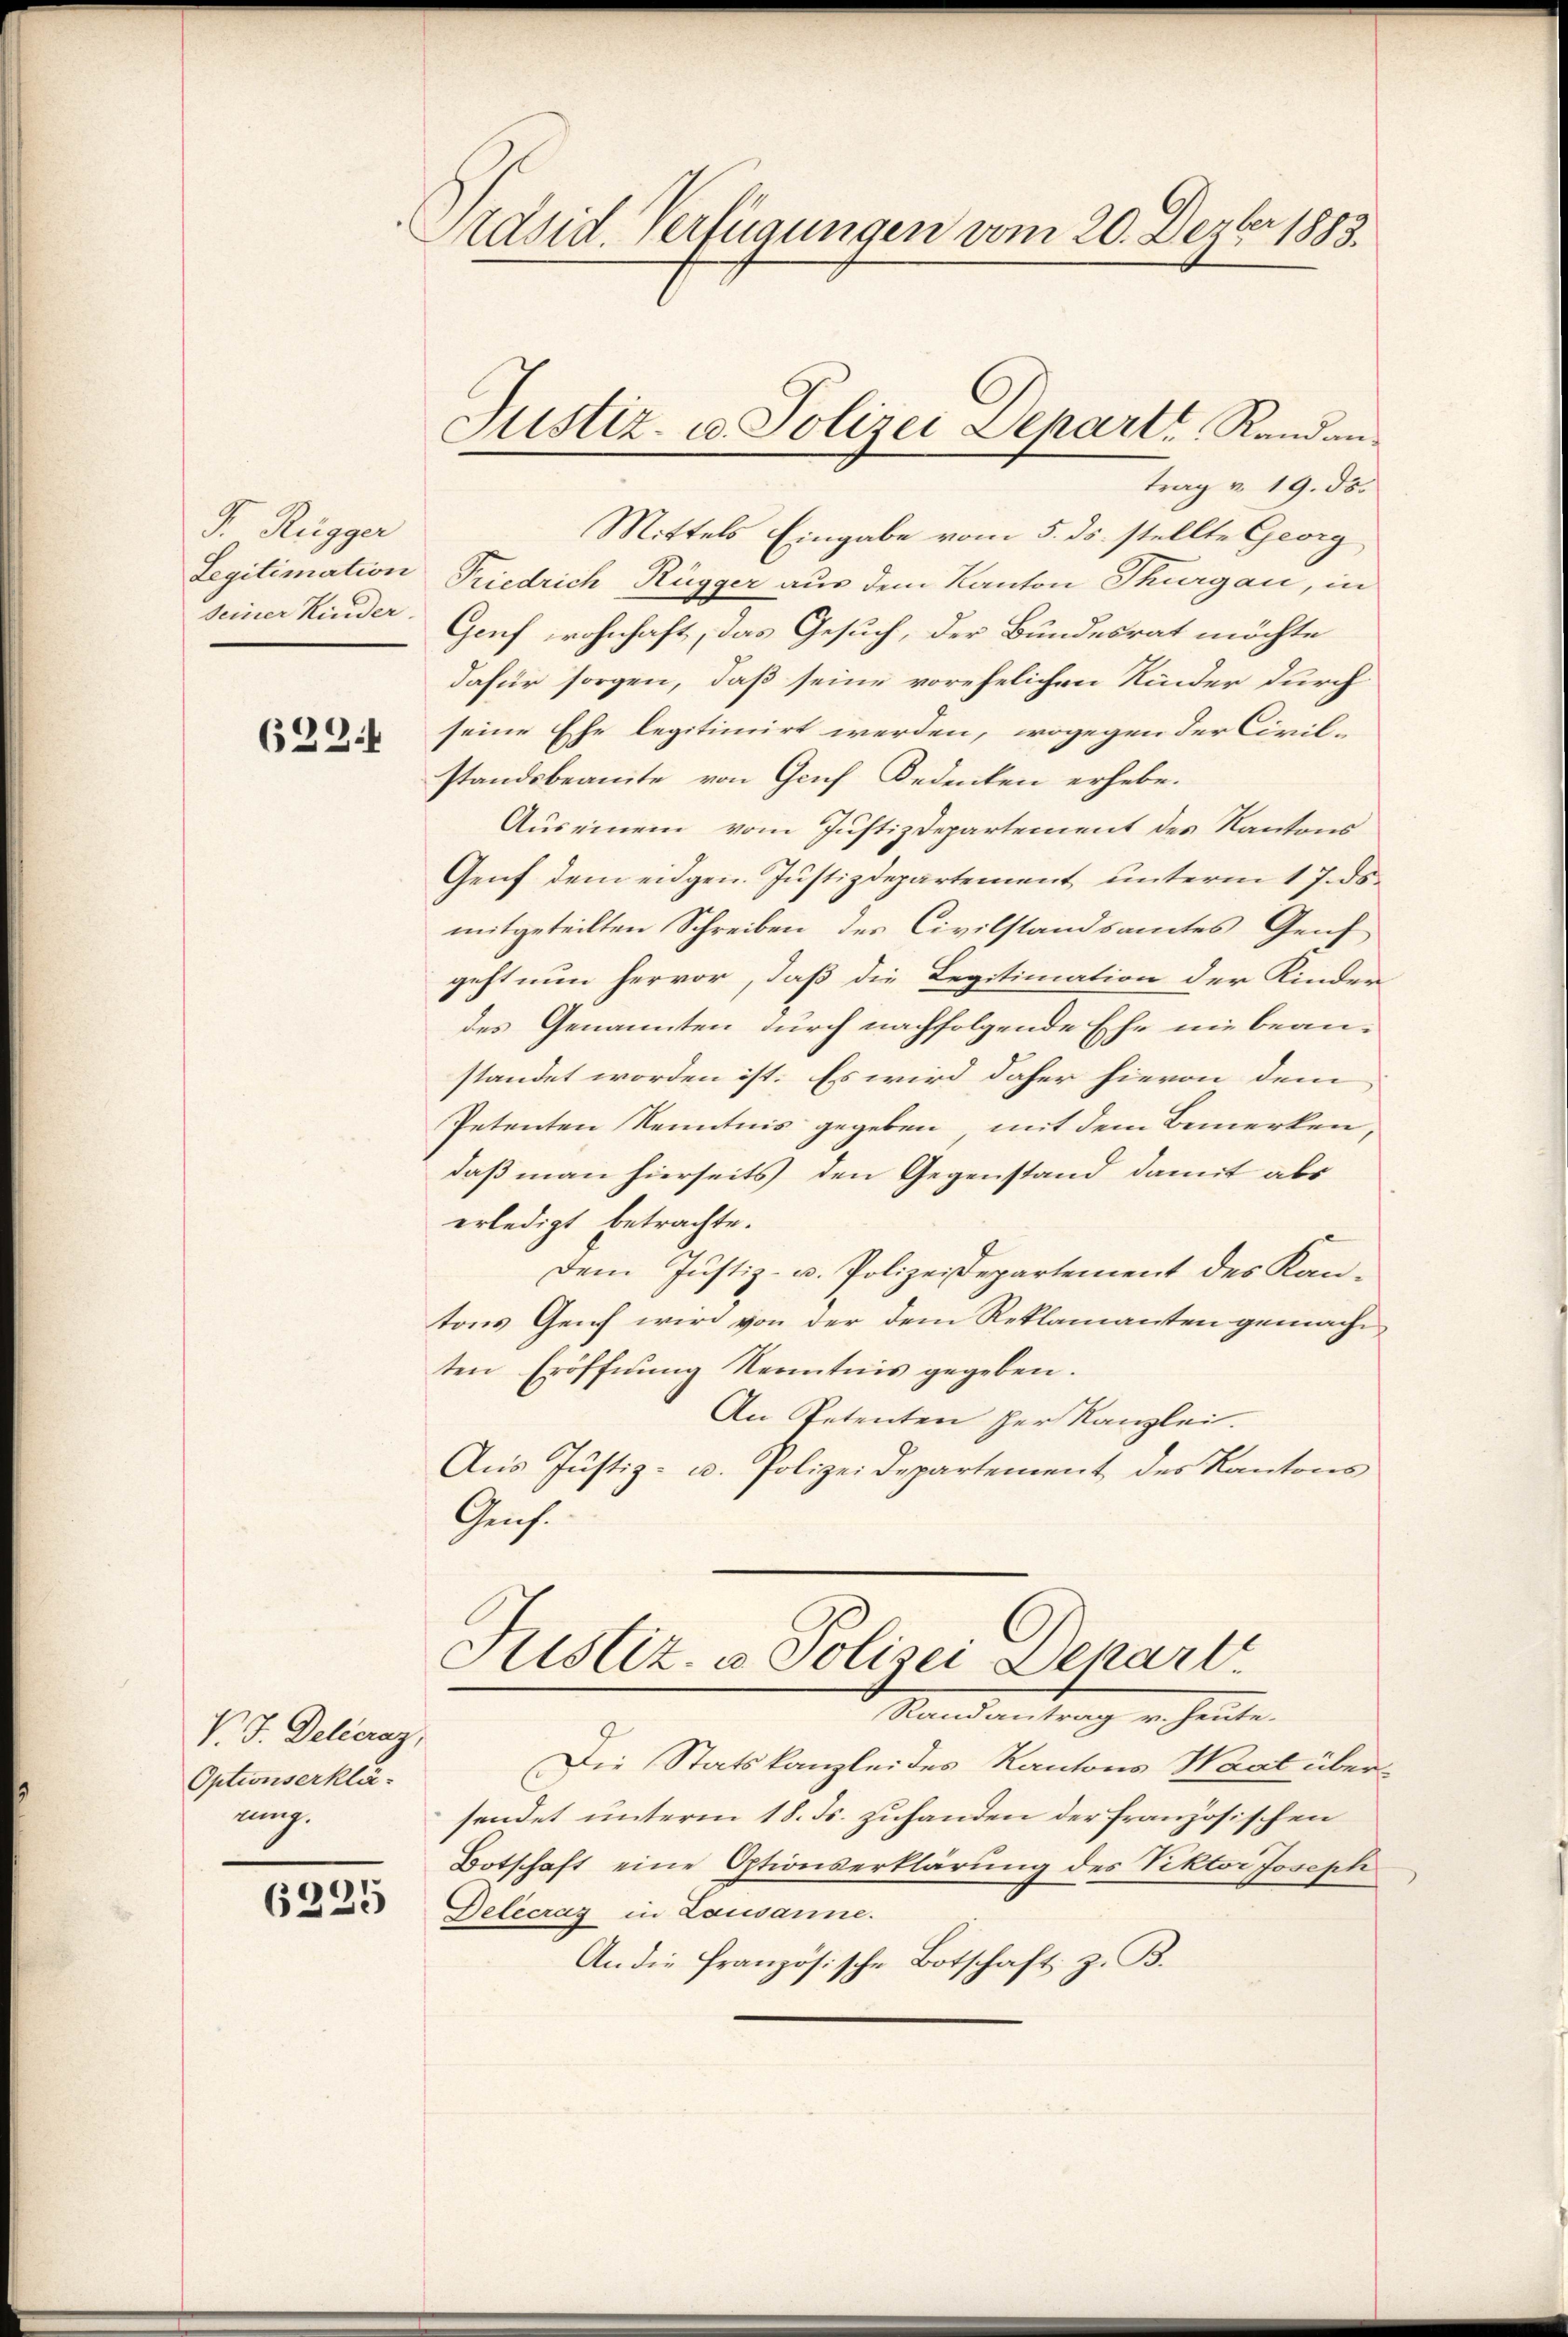
F. Rigger

629.

V. J. Delécraz,
Optionserklänung.

6225

Präsid. Verfügungen vom 20. Dezbr 1883.

Justiz- u. Polizei Departi, Randantrag v. 19. ds.

Mittels Eingabe vom 5. ds. stellte Georg
Segitimation Friedrich Rügger aus dem Kanton Thurgau, in
seiner Kinder. Genf wohnhaft, das Gesuch, der Bundesrat möchte
dafür sorgen, daß seine vorehelichen Kinder durch
seine Ehe legitimirt werden, wogegen der Civil-
standsbeamte von Genf Bedenken erhebe.
Auseinem vom Justizdepartement des Kantons
Genf dem eidgen. Justizdepartement unterm 17. ds.
mitgeteilten Schreiben des Civilstandsamtes Genf
geht nun hervor, daß die Legitimation der Kinder
des Genannten durch nachfolgende Ehe nie bean-
standet worden ist. Es wird daher hievon dem
Petenten Kenntnis gegeben, mit dem Bemerken,
daß man hierseits den Gegenstand damit als
erledigt betrachte.
Dem Justiz- u. Polizeidepartement des Kantons Genf wird von der dem Reklamanten gemacht
ten Eröffnŭng Kenntnis gegeben.
An Petenten her Kanzlei.
Aus Justiz- u. Polizeidepartement des Kantons
Gris.
Justiz- & Polizei Dekart
Randantrag u. heute.
Die Statskanzleides Kantons Waat übersendet unterm 18. Js. zuhanden der französischen
Botschaft eine Optionserklärung des Viktor Joseph
Delecrag in Lausanne.
An die französische Botschaft z. B.